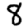
Digit: 8